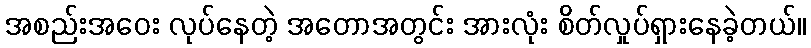
အစည်းအဝေး လုပ်နေတဲ့ အတောအတွင်း အားလုံး စိတ်လှုပ်ရှားနေခဲ့တယ်။